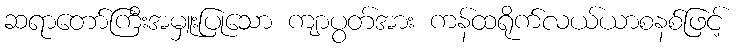
ဆရာတော်ကြီးအမှူးပြုသော ကျာပွတ်အား ကန်ထရိုက်လယ်ယာစနစ်ဖြင့်